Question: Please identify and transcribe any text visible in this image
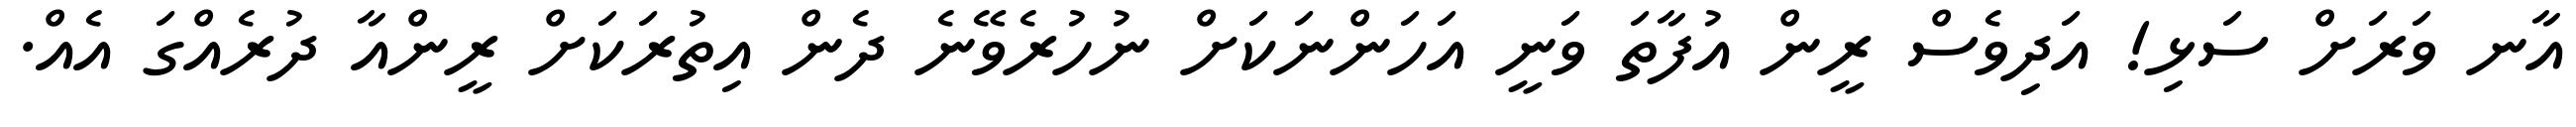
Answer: އާނ ވަރަށް ސަޅި! އަދިވެސް ރީން އުފާތަ ވަނީ އަހަންނަކަށް ނުހުރެވޭނެ ދެން އިތުރަކަށް ރީންއާ ދުރެއްގަ އެއް.